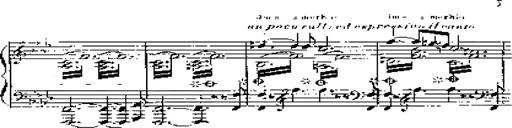
Title: 12 Lieder von Franz Schubert
Composer: Franz Liszt